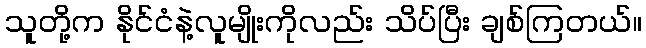
သူတို့က နိုင်ငံနဲ့လူမျိုးကိုလည်း သိပ်ပြီး ချစ်ကြတယ်။